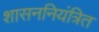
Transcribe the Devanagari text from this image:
शासननियंत्रित